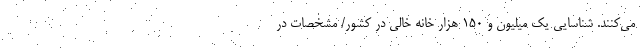
می‌کنند. شناسایی یک میلیون و ۱۵۰ هزار خانه خالی در کشور/ مشخصات در